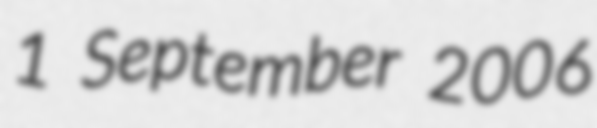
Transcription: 1 September 2006